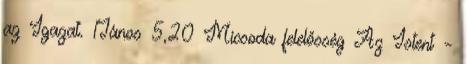
az Igazat. 1János 5,20 Micsoda felelősség Az Istent –